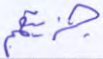
جزيتهم